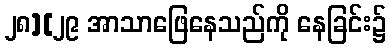
၂၈][၂၉ အာသာဖြေနေသည်ကို နေခြင်း၌